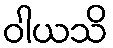
ဝါယသိ